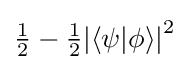
\textstyle {\frac {1}{2}}-{\frac {1}{2}}{|\langle \psi |\phi \rangle |}^{2}